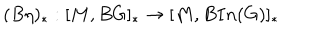
LaTeX: ( B \eta ) _ { \ast } : [ M , B G ] _ { \ast } \rightarrow [ M , B I n ( G ) ] _ { \ast }